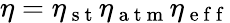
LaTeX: \eta=\eta_{\mathrm{~s~t~}}\eta_{\mathrm{~a~t~m~}}\eta_{\mathrm{~e~f~f~}}